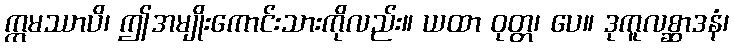
ဣမဿာပိ၊ ဤအမျိုးကောင်းသားကိုလည်း။ ယထာ ဝုတ္တ၊ ပေ။ ဒုကူလစ္ဆာဒနံ၊